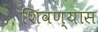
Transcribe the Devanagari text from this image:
शिवण्यास